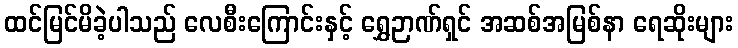
ထင်မြင်မိခဲ့ပါသည် လေစီးကြောင်းနှင့် ရွှေဉာဏ်ရှင် အဆစ်အမြစ်နာ ရေဆိုးများ